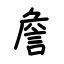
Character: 詹